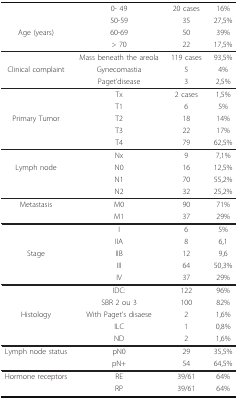
<table><thead><tr><td></td><td><b>0- 49</b></td><td><b>20 cases</b></td><td><b>16%</b></td></tr><tr><td></td><td><b>50-59</b></td><td><b>35</b></td><td><b>27,5%</b></td></tr><tr><td><b>Age (years)</b></td><td><b>60-69</b></td><td><b>50</b></td><td><b>39%</b></td></tr><tr><td></td><td><b>&gt; 70</b></td><td><b>22</b></td><td><b>17,5%</b></td></tr></thead><tbody><tr><td></td><td>Mass beneath the areola</td><td>119 cases</td><td>93,5%</td></tr><tr><td>Clinical complaint</td><td>Gynecomastia</td><td>5</td><td>4%</td></tr><tr><td></td><td>Paget&#x27;disease</td><td>3</td><td>2,5%</td></tr><tr><td></td><td>Tx</td><td>2 cases</td><td>1,5%</td></tr><tr><td></td><td>T1</td><td>6</td><td>5%</td></tr><tr><td>Primary Tumor</td><td>T2</td><td>18</td><td>14%</td></tr><tr><td></td><td>T3</td><td>22</td><td>17%</td></tr><tr><td></td><td>T4</td><td>79</td><td>62,5%</td></tr><tr><td></td><td>Nx</td><td>9</td><td>7,1%</td></tr><tr><td>Lymph node</td><td>N0</td><td>16</td><td>12,5%</td></tr><tr><td></td><td>N1</td><td>70</td><td>55,2%</td></tr><tr><td></td><td>N2</td><td>32</td><td>25,2%</td></tr><tr><td>Metastasis</td><td>M0</td><td>90</td><td>71%</td></tr><tr><td></td><td>M1</td><td>37</td><td>29%</td></tr><tr><td></td><td>I</td><td>6</td><td>5%</td></tr><tr><td></td><td>IIA</td><td>8</td><td>6,1</td></tr><tr><td>Stage</td><td>IIB</td><td>12</td><td>9,6</td></tr><tr><td></td><td>III</td><td>64</td><td>50,3%</td></tr><tr><td></td><td>IV</td><td>37</td><td>29%</td></tr><tr><td></td><td>IDC:</td><td>122</td><td>96%</td></tr><tr><td></td><td>SBR 2 ou 3</td><td>100</td><td>82%</td></tr><tr><td>Histology</td><td>With Paget&#x27;s disaese</td><td>2</td><td>1,6%</td></tr><tr><td></td><td>ILC</td><td>1</td><td>0,8%</td></tr><tr><td></td><td>ND</td><td>2</td><td>1,6%</td></tr><tr><td>Lymph node status</td><td>pN0</td><td>29</td><td>35,5%</td></tr><tr><td></td><td>pN+</td><td>54</td><td>64,5%</td></tr><tr><td>Hormone receptors</td><td>RE</td><td>39/61</td><td>64%</td></tr><tr><td></td><td>RP</td><td>39/61</td><td>64%</td></tr></tbody></table>